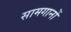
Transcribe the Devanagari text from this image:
सामगानों